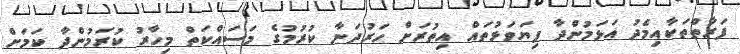
ފަރާތްތަކާއިމެދު އަޅަމުންދާ ފިޔަވަޅުތައް އިތުރަށް ހަރުދަނާ ކުރުމުގެ މަސައްކަތް މިހާރު ކުރަމުންދާ ކަމަށް